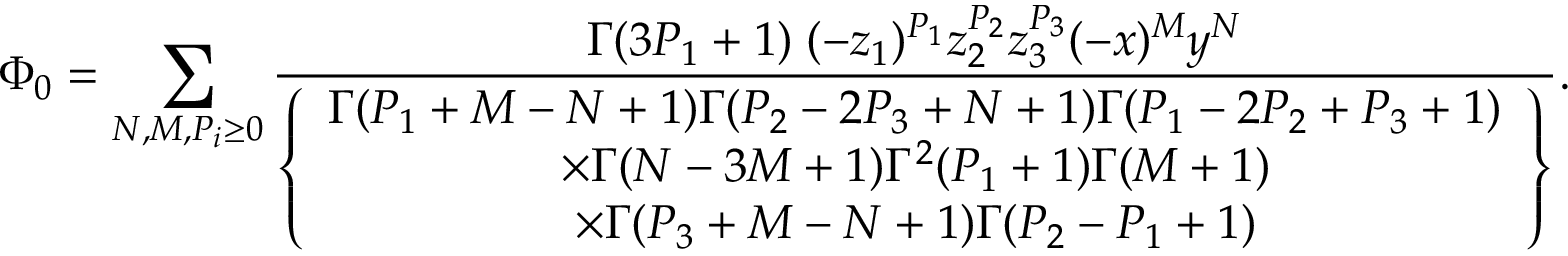
\Phi _ { 0 } = \sum _ { N , M , P _ { i } \geq 0 } \frac { \Gamma ( 3 P _ { 1 } + 1 ) \; ( - z _ { 1 } ) ^ { P _ { 1 } } z _ { 2 } ^ { P _ { 2 } } z _ { 3 } ^ { P _ { 3 } } ( - x ) ^ { M } y ^ { N } } { \left\{ \begin{array} { c } { { \Gamma ( P _ { 1 } + M - N + 1 ) \Gamma ( P _ { 2 } - 2 P _ { 3 } + N + 1 ) \Gamma ( P _ { 1 } - 2 P _ { 2 } + P _ { 3 } + 1 ) } } \\ { { \times \Gamma ( N - 3 M + 1 ) \Gamma ^ { 2 } ( P _ { 1 } + 1 ) \Gamma ( M + 1 ) } } \\ { { \times \Gamma ( P _ { 3 } + M - N + 1 ) \Gamma ( P _ { 2 } - P _ { 1 } + 1 ) } } \end{array} \right\} } .